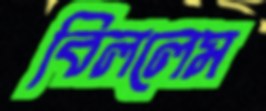
বিললেম